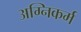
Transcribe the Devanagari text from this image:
अग्निकर्म